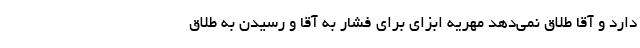
دارد و آقا طلاق نمی‌دهد مهریه ابزای برای فشار به آقا و رسیدن به طلاق